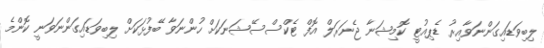
ލިބިވަޑައިގަންނަވާއިރު ޑެޕިއުޓީ ކޮމިޝަނާ ޖެނަރަލް އޮފް ޓެކްސްސޭޝަނަކަށް ހުންނަވާ ބޭފުޅަކަށް ލިބިވަޑައިގަންނަވަނީ ކޮންމެ